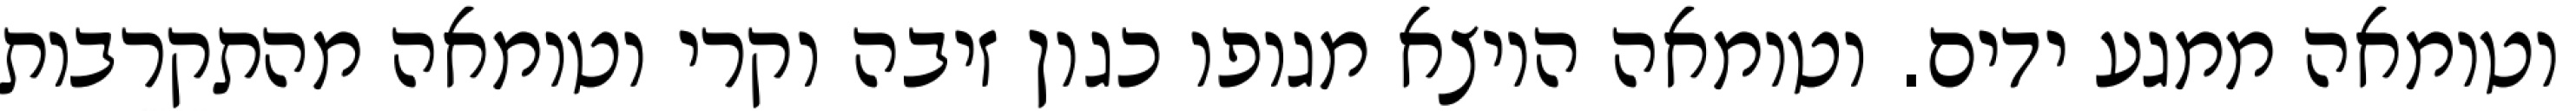
וטומאה ממגע ידים. וטומאה היוצא מגופו כגון זיבה וקרי וטומאה מהתקרבות